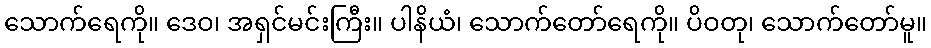
သောက်ရေကို။ ဒေဝ၊ အရှင်မင်းကြီး။ ပါနိယံ၊ သောက်တော်ရေကို။ ပိဝတု၊ သောက်တော်မူ။